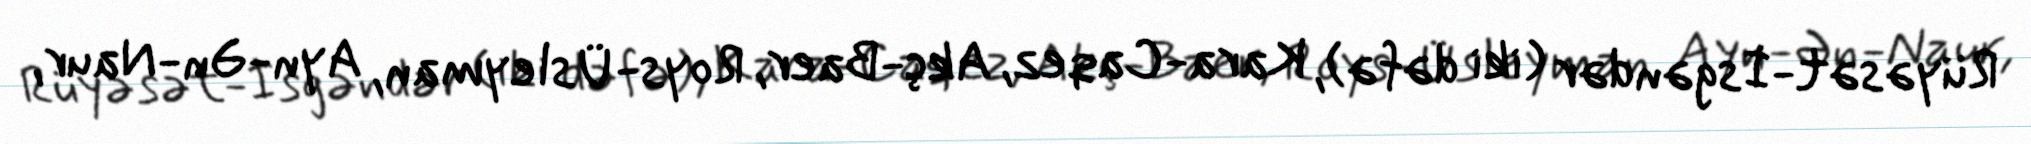
Rüyəsət-İsgəndər (iki dəfə), Kara-Caqez, Akç-Baer, Roys-Üsleyman, Ayn-Ən-Naur,